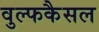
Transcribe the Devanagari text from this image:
वुल्फकैसल